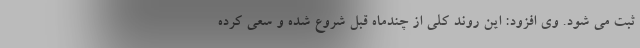
ثبت می شود. وی افزود: این روند کلی از چندماه قبل شروع شده و سعی کرده